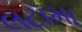
લટૉમા